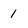
Character: 1